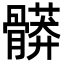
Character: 𩪎